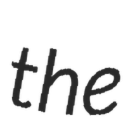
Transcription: the